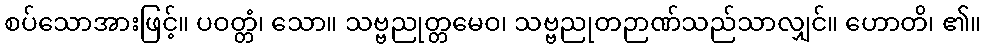
စပ်သောအားဖြင့်။ ပဝတ္တံ၊ သော။ သဗ္ဗညုတ္တမေဝ၊ သဗ္ဗညုတဉာဏ်သည်သာလျှင်။ ဟောတိ၊ ၏။